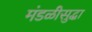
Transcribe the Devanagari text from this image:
मंडळीसुद्धा